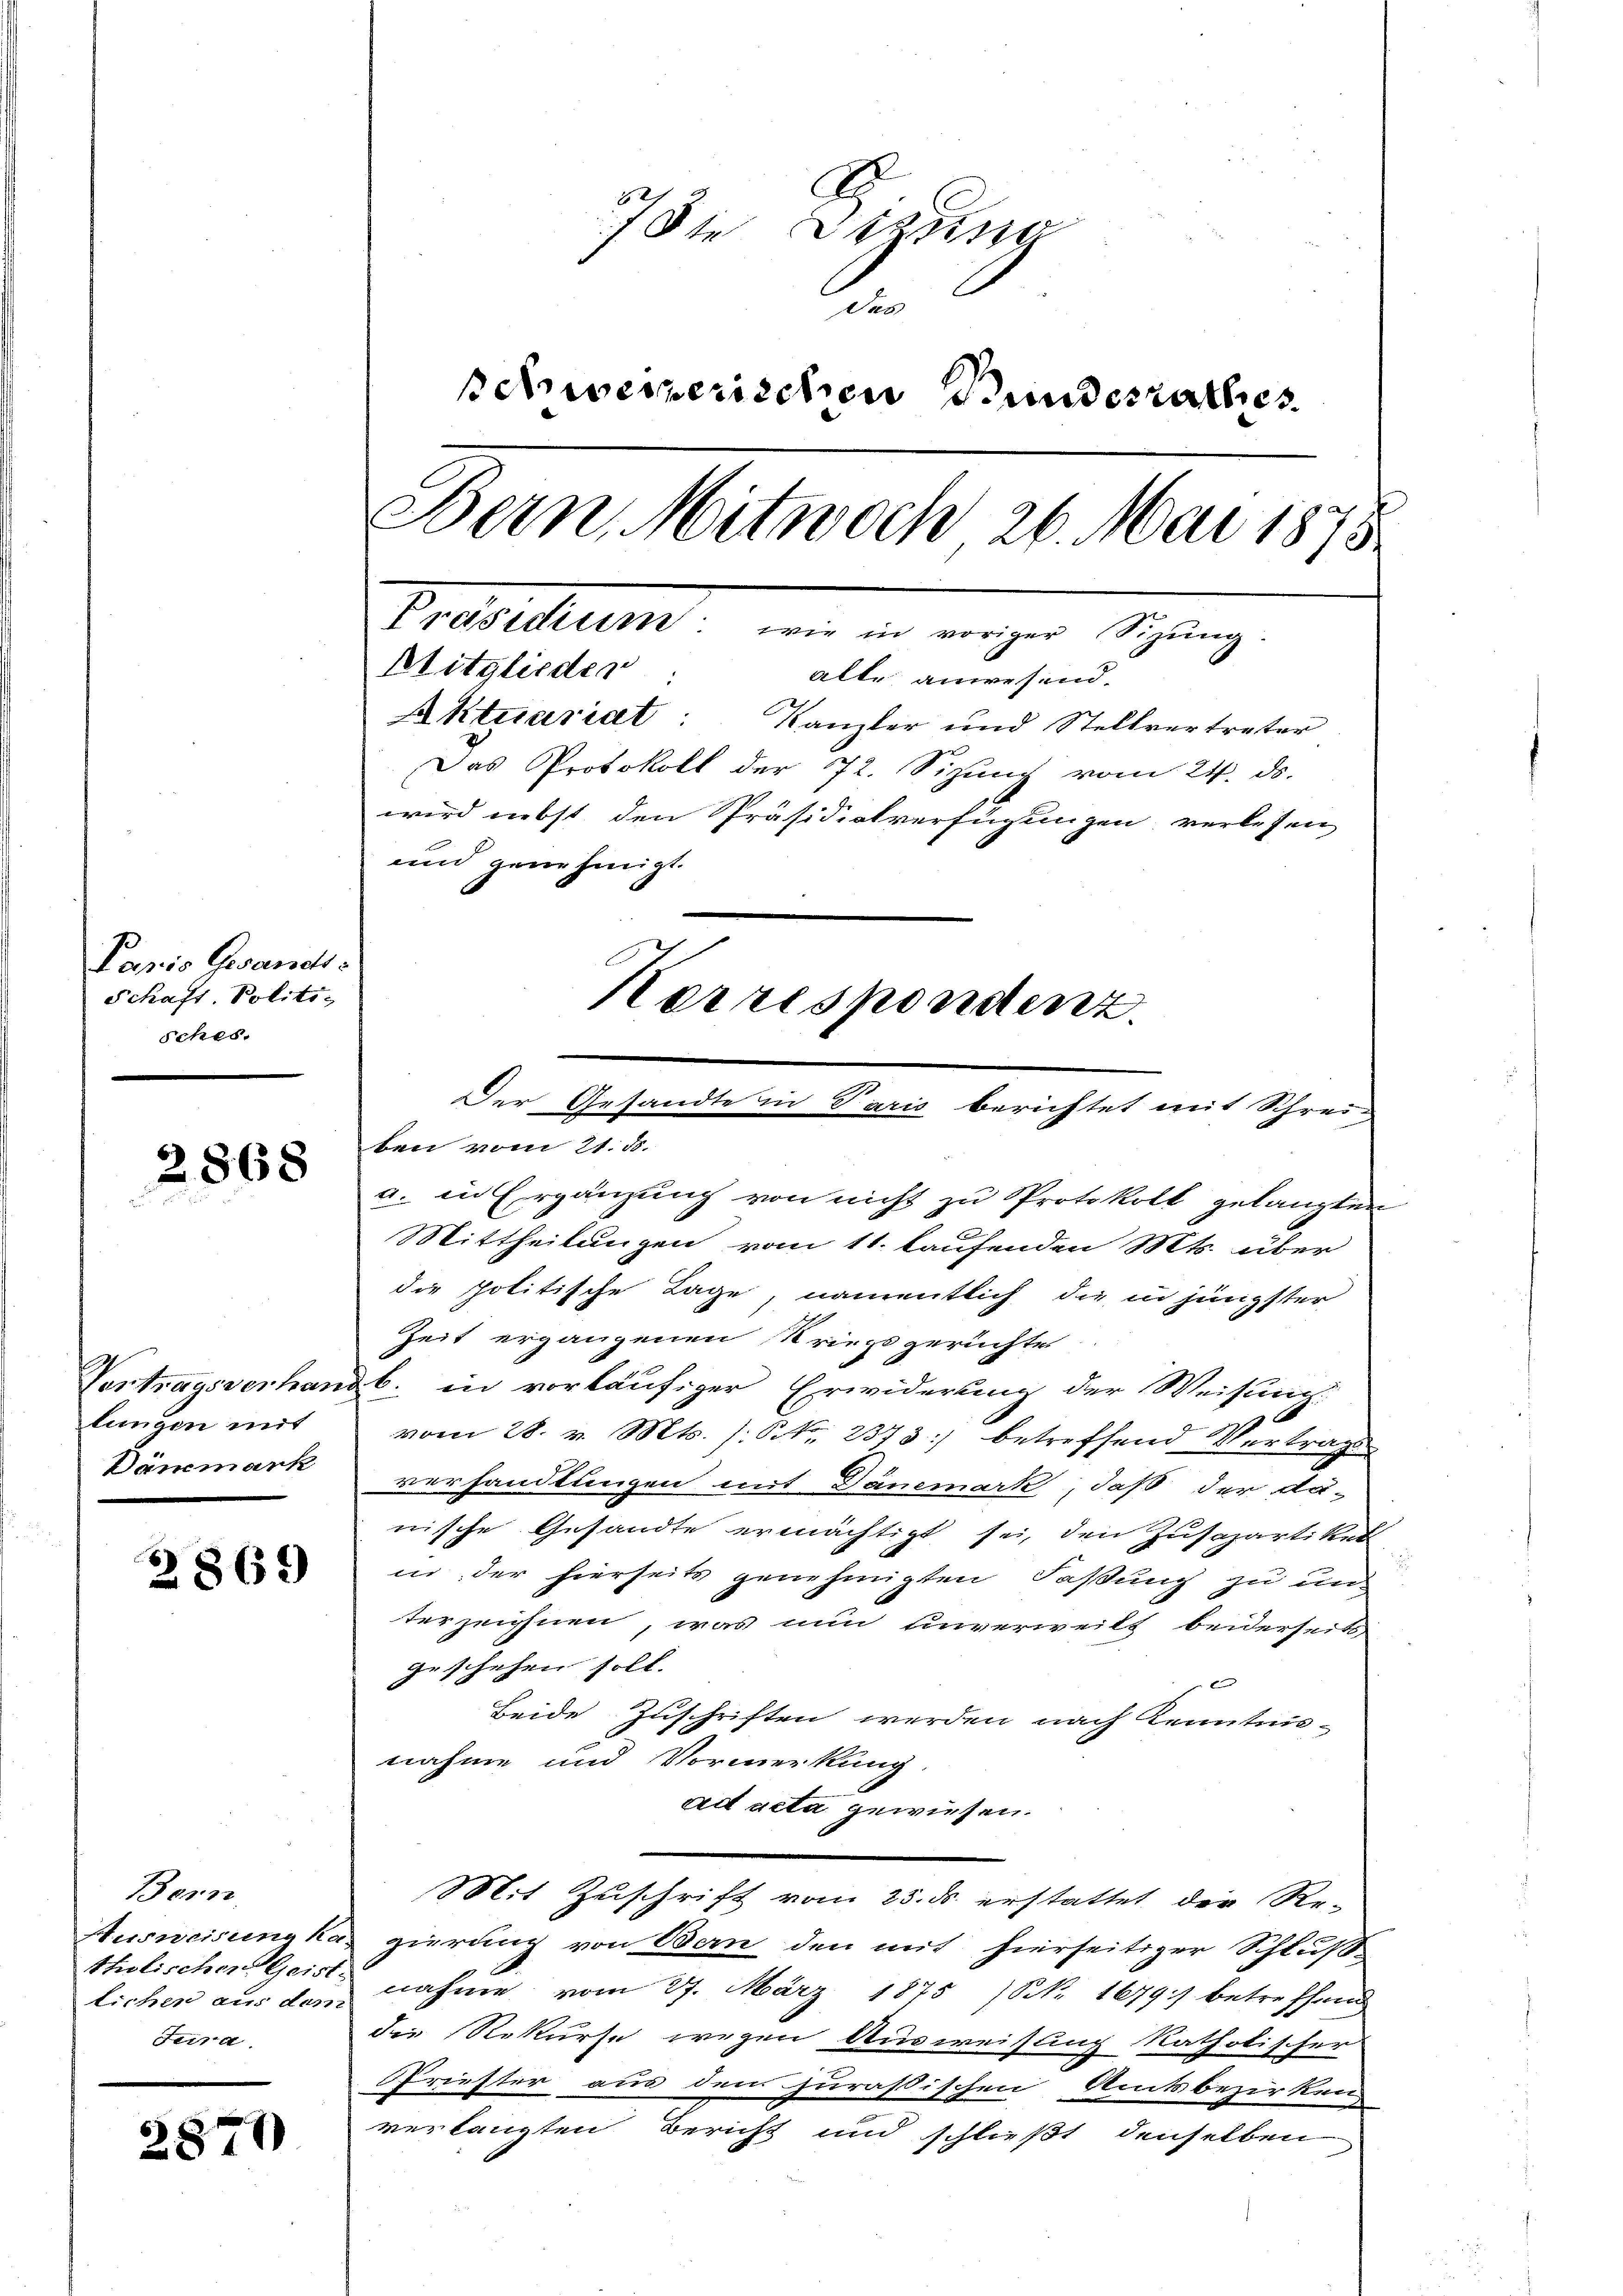
Paris Gesandts
Schaft. Politi¬
Sches.

2868

lungen mit
Dänemark

2869

Bern,
tholischen Geist.
Ferra

2870

die Sekun
des
schweizerischen Bundesrathes
Bern Mitwoch 26. Mai 1875.
7
Mitglieder
alte anwesend.
Aktuariat Kanzler und Stellvertreter
Das Protokoll der 72. Sizung vom 24. ds.
wird nebst den Präsidialverfügungen verlesen
und genehmigt.
Korrespondenz.
Der Gesandte in Paris berichtet mit Schrei-

ben vom 21. d.
a. in Ergänzung von nicht zu Protokoll gelangten
Mittheilungen vom 11. laufenden Mts. über
die politische Lage, namentlich die in jüngster
Zeit ergangenen Kriegsgerichte
Vertragsverhandb. in vorläufiger Erwiderung der Weisung-
s
vom 28. v. Mts. s. S. 2373 betreffend Vertrags-
verhandlungen mit Dänemark, daß der da-
nische Gesandte ermächtigt sei, den Zusapartikel
in der hierseits genehmigten Faßung zu un-
terzeichnen, was nun unverweilt beiderseits
geschehen soll.
x
Beide Zuschriften werden nach Kenntnis-
nahme und Vormerkung.
ad acta gewiesen.
Mit Zuschrift vom 25. ds. erstattet der Re-
Ausweisung kan gierung von Bern den mit hierseitiger Schluß
lichen aus dem nahme vom 27. März 1875 (N. 1679 betreffende
die Rekurse wegen Ausweisung katholischer
Pfriester aus dem zurästischen Amtsbezirken
verlangten Bericht und schließt denselben